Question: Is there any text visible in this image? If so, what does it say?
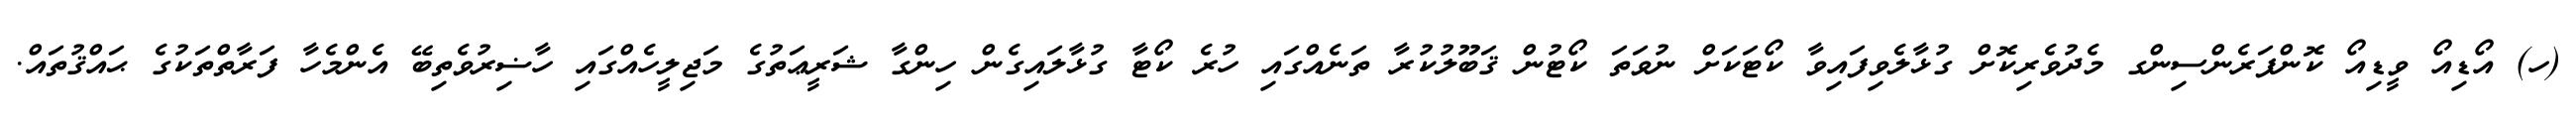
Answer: (ހ) އޯޑިއޯ ވީޑިއޯ ކޮންފަރެންސިންގ މެދުވެރިކޮށް ގުޅާލެވިފައިވާ ކޯޓަކަށް ނުވަތަ ކޯޓުން ޤަބޫލުކުރާ ތަނެއްގައި ހުރެ ކޯޓާ ގުޅާލައިގެން ހިންގާ ޝަރީޢަތުގެ މަޖިލީހެއްގައި ހާޟިރުވެތިބޭ އެންމެހާ ފަރާތްތަކުގެ ޙައްޤުތައް.